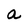
Character: a